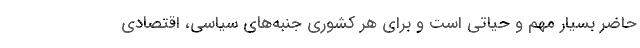
حاضر بسیار مهم و حیاتی است و برای هر کشوری جنبه‌های سیاسی، اقتصادی